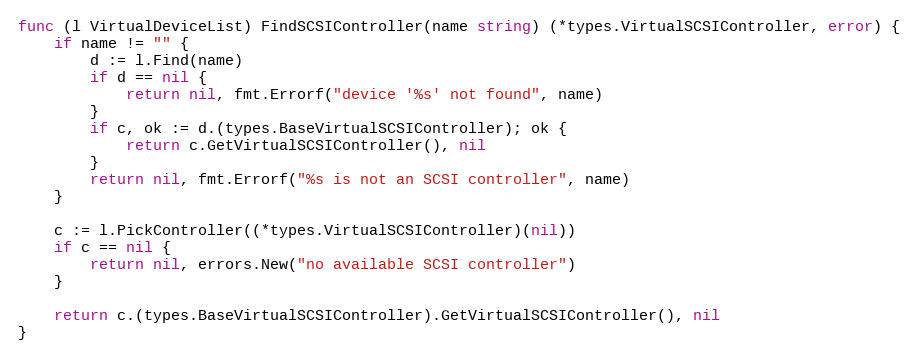
Language: Go
func (l VirtualDeviceList) FindSCSIController(name string) (*types.VirtualSCSIController, error) {
	if name != "" {
		d := l.Find(name)
		if d == nil {
			return nil, fmt.Errorf("device '%s' not found", name)
		}
		if c, ok := d.(types.BaseVirtualSCSIController); ok {
			return c.GetVirtualSCSIController(), nil
		}
		return nil, fmt.Errorf("%s is not an SCSI controller", name)
	}

	c := l.PickController((*types.VirtualSCSIController)(nil))
	if c == nil {
		return nil, errors.New("no available SCSI controller")
	}

	return c.(types.BaseVirtualSCSIController).GetVirtualSCSIController(), nil
}